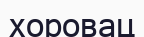
хоровац